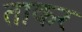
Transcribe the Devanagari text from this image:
ताकर